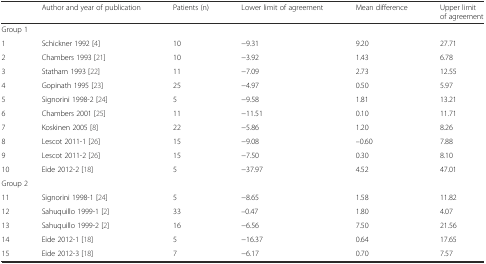
<table><thead><tr><td></td><td><b>Author and year of publication</b></td><td><b>Patients (n)</b></td><td><b>Lower limit of agreement</b></td><td><b>Mean difference</b></td><td><b>Upper limit of agreement</b></td></tr></thead><tbody><tr><td colspan="6">Group 1</td></tr><tr><td>1</td><td>Schickner 1992 [4]</td><td>10</td><td>−9.31</td><td>9.20</td><td>27.71</td></tr><tr><td>2</td><td>Chambers 1993 [21]</td><td>10</td><td>−3.92</td><td>1.43</td><td>6.78</td></tr><tr><td>3</td><td>Statham 1993 [22]</td><td>11</td><td>−7.09</td><td>2.73</td><td>12.55</td></tr><tr><td>4</td><td>Gopinath 1995 [23]</td><td>25</td><td>−4.97</td><td>0.50</td><td>5.97</td></tr><tr><td>5</td><td>Signorini 1998-2 [24]</td><td>5</td><td>−9.58</td><td>1.81</td><td>13.21</td></tr><tr><td>6</td><td>Chambers 2001 [25]</td><td>11</td><td>−11.51</td><td>0.10</td><td>11.71</td></tr><tr><td>7</td><td>Koskinen 2005 [8]</td><td>22</td><td>−5.86</td><td>1.20</td><td>8.26</td></tr><tr><td>8</td><td>Lescot 2011-1 [26]</td><td>15</td><td>−9.08</td><td>–0.60</td><td>7.88</td></tr><tr><td>9</td><td>Lescot 2011-2 [26]</td><td>15</td><td>−7.50</td><td>0.30</td><td>8.10</td></tr><tr><td>10</td><td>Eide 2012-2 [18]</td><td>5</td><td>−37.97</td><td>4.52</td><td>47.01</td></tr><tr><td colspan="6">Group 2</td></tr><tr><td>11</td><td>Signorini 1998-1 [24]</td><td>5</td><td>−8.65</td><td>1.58</td><td>11.82</td></tr><tr><td>12</td><td>Sahuquillo 1999-1 [2]</td><td>33</td><td>–0.47</td><td>1.80</td><td>4.07</td></tr><tr><td>13</td><td>Sahuquillo 1999-2 [2]</td><td>16</td><td>−6.56</td><td>7.50</td><td>21.56</td></tr><tr><td>14</td><td>Eide 2012-1 [18]</td><td>5</td><td>−16.37</td><td>0.64</td><td>17.65</td></tr><tr><td>15</td><td>Eide 2012-3 [18]</td><td>7</td><td>−6.17</td><td>0.70</td><td>7.57</td></tr></tbody></table>